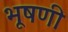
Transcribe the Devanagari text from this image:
भूषणी